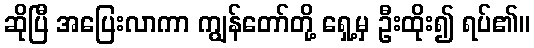
ဆိုပြီ အပြေးလာကာ ကျွန်တော်တို့ ရှေ့မှ ဦးထိုး၍ ရပ်၏။